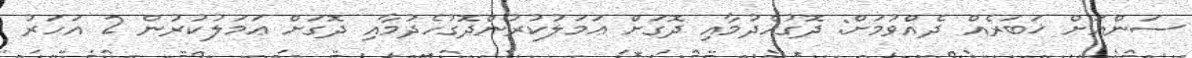
ސަންއަށް ޚަބަރެއް ދެއްވުމަށް: ދޮގުހެދުމާއި ދޮގަށް ޢަމަލުކުރުންދޮގުހެދުމާއި ދޮގަށް ޢަމަލުކުރުން 2 އަހަރު